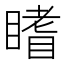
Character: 𥊏